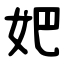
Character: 妑